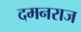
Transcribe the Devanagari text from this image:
दमनराज